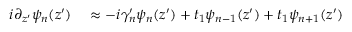
\begin{array} { r l } { i \partial _ { z ^ { \prime } } \psi _ { n } ( z ^ { \prime } ) } & { { } \approx - i \gamma _ { n } ^ { \prime } \psi _ { n } ( z ^ { \prime } ) + t _ { 1 } \psi _ { n - 1 } ( z ^ { \prime } ) + t _ { 1 } \psi _ { n + 1 } ( z ^ { \prime } ) } \end{array}